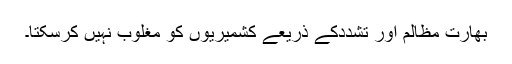
بھارت مظالم اور تشددکے ذریعے کشمیریوں کو مغلوب نہیں کرسکتا۔